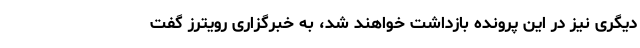
دیگری نیز در این پرونده بازداشت خواهند شد، به خبرگزاری رویترز گفت